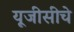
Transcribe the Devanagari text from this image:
यूजीसीचे